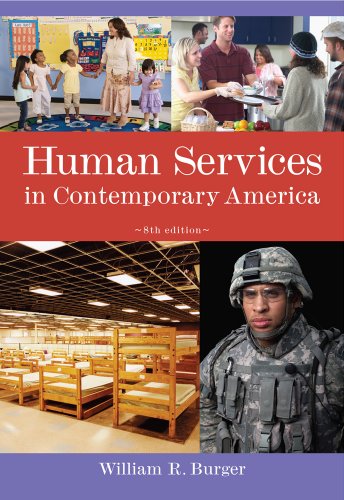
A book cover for Human Services in Contemporary America (Introduction to Human Services); William R. Burger; Medical Books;